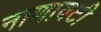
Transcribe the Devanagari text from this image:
नाणावटी